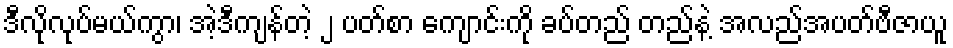
ဒီလိုလုပ်မယ်ကွာ၊ အဲ့ဒီကျန်တဲ့ ၂ ပတ်စာ ကျောင်းကို ခပ်တည် တည်နဲ့ အလည်အပတ်ဗီဇာယူ